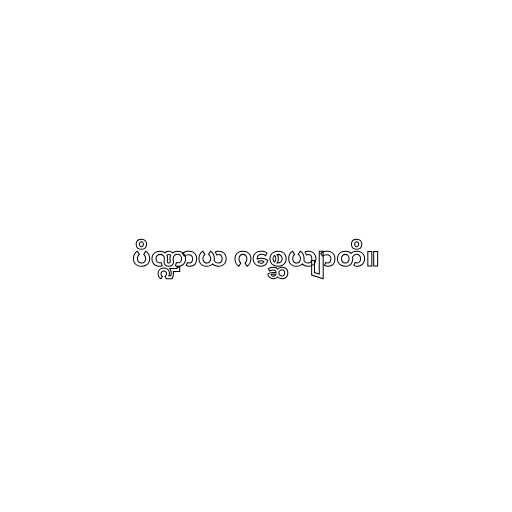
ပိဏ္ဍာယ ဂစ္ဆေယျာတိ။